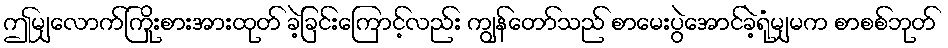
ဤမျှလောက်ကြိုးစားအားထုတ် ခဲ့ခြင်းကြောင့်လည်း ကျွန်တော်သည် စာမေးပွဲအောင်ခဲ့ရုံမျှမက စာစစ်ဘုတ်